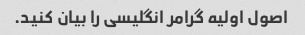
اصول اولیه گرامر انگلیسی را بیان کنید.